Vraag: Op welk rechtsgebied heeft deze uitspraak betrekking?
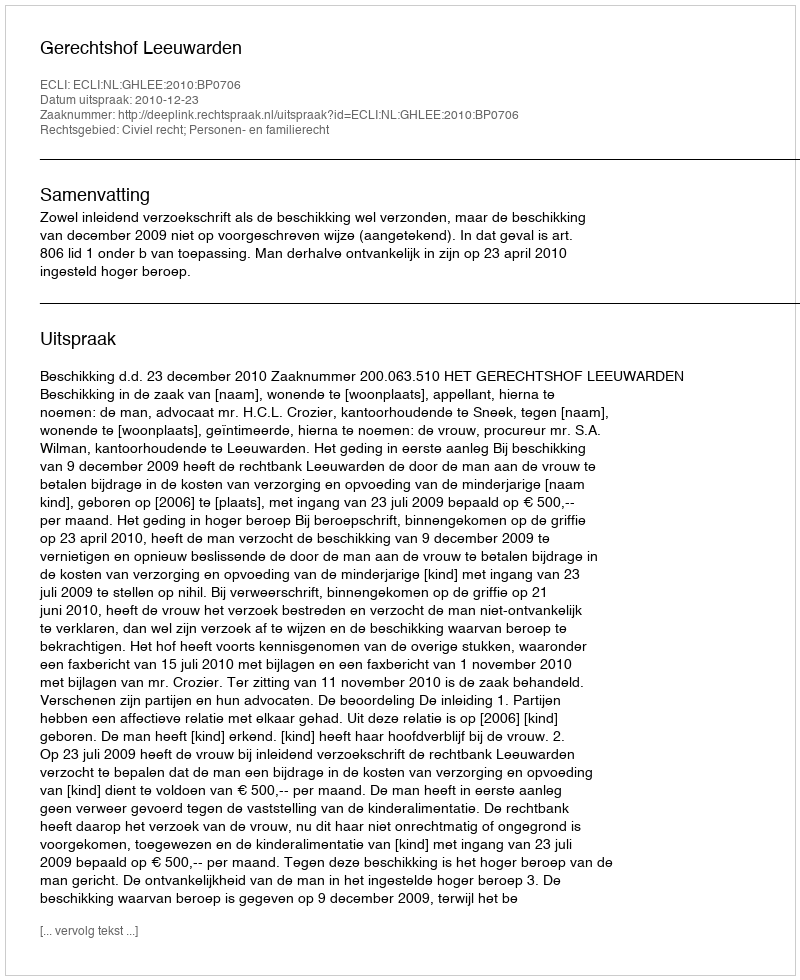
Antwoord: Civiel recht; Personen- en familierecht